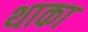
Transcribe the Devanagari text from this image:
थाका